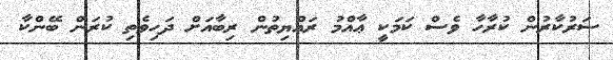
ސަރުކާރުން ކުރާހާ ވެސް ކަމަކީ ޢާއްމު ރައްޔިތުން ރިބާއަށް ދަހިވެތި ކުރަން ބޭންކާ